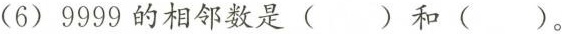
(6)9999的相邻数是( )和( )。